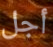
أجل